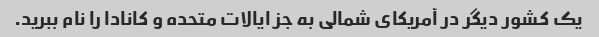
یک کشور دیگر در آمریکای شمالی به جز ایالات متحده و کانادا را نام ببرید.